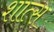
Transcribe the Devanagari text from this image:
शात्स